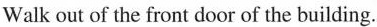
Walk out of the front door of the building.